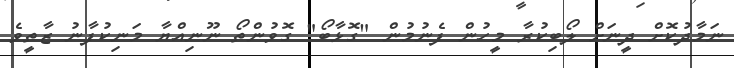
ނަމާދުކޮށް ދީނަށް ލޯބިކުރާ މީހުން ފެނުމުން "ގޮޅާބޯ" ގޮވުންތޯ ނޫނިއްޔާ މަނިކުފާނު ޒާތީވެ